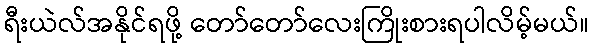
ရီးယဲလ်အနိုင်ရဖို့ တော်တော်လေးကြိုးစားရပါလိမ့်မယ်။